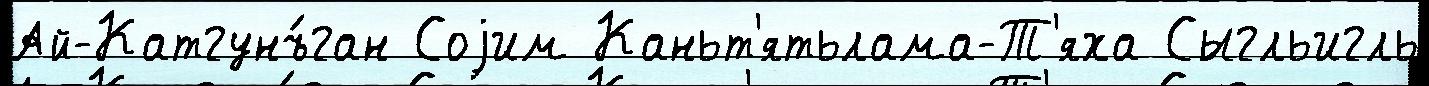
Ай-Катгунъ́ган Соjим Каньт'ятьлама-Т'яха Сыгльигль